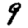
Digit: 9